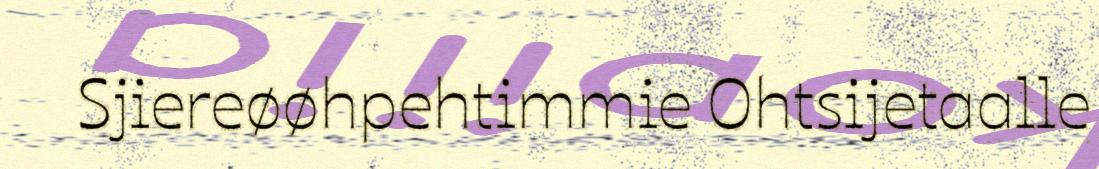
Sjiereøøhpehtimmie Ohtsijetaalle